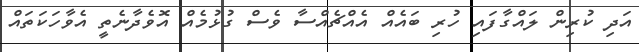
އަދި ކުރިން ލައްގާފައި ހުރި ބައެއް އެއްޗެއްސާ ވެސް ގުޅުމެއް އޮވެދާނެތީ އެވާހަކަތައް